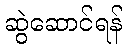
ဆွဲဆောင်ရန်